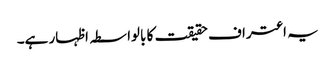
یہ اعتراف حقیقت کا بالواسطہ اظہار ہے۔